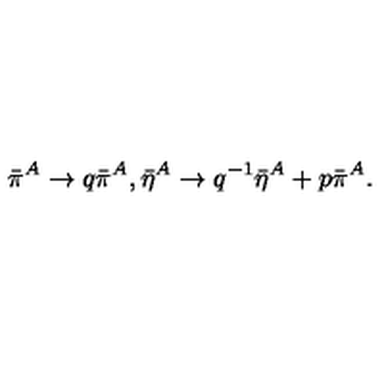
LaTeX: \bar { \pi } ^ { A } \rightarrow q \bar { \pi } ^ { A } , \bar { \eta } ^ { A } \rightarrow q ^ { - 1 } \bar { \eta } ^ { A } + p \bar { \pi } ^ { A } .